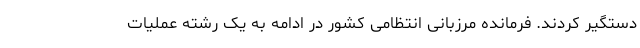
دستگیر کردند. فرمانده مرزبانی انتظامی کشور در ادامه به یک رشته عملیات